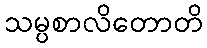
သမ္ပစာလိတောတိ